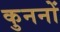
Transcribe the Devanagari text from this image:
कुननों